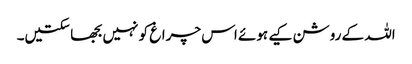
اللہ کے روشن کیے ہوئے اس چراغ کو نہیں بجھا سکتیں۔